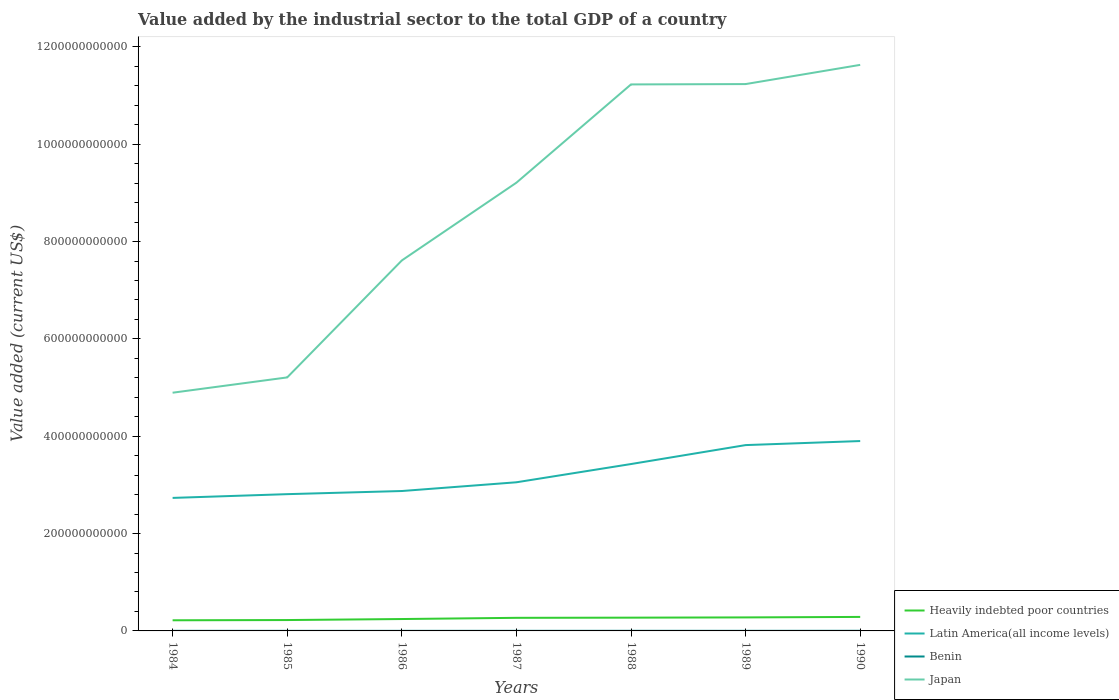
| Years | Heavily indebted poor countries | Latin America(all income levels) | Benin | Japan |
 | --- | --- | --- | --- | --- |
 | 1984 | 2.19e+10 | 2.73e+11 | 1.79e+08 | 4.89e+11 |
 | 1985 | 2.23e+10 | 2.81e+11 | 1.75e+08 | 5.21e+11 |
 | 1986 | 2.44e+10 | 2.87e+11 | 1.62e+08 | 7.61e+11 |
 | 1987 | 2.69e+10 | 3.05e+11 | 1.93e+08 | 9.21e+11 |
 | 1988 | 2.73e+10 | 3.43e+11 | 2.17e+08 | 1.12e+12 |
 | 1989 | 2.78e+10 | 3.82e+11 | 1.92e+08 | 1.12e+12 |
 | 1990 | 2.88e+10 | 3.9e+11 | 2.44e+08 | 1.16e+12 |